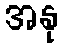
အနု